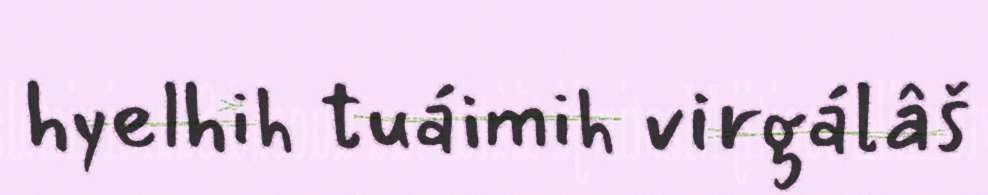
hyelhih tuáimih virgálâš